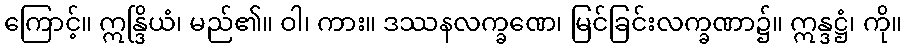
ကြောင့်။ ဣန္ဒြိယံ၊ မည်၏။ ဝါ၊ ကား။ ဒဿနလက္ခဏေ၊ မြင်ခြင်းလက္ခဏာ၌။ ဣန္ဒဋ္ဌံ၊ ကို။